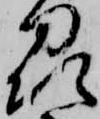
州